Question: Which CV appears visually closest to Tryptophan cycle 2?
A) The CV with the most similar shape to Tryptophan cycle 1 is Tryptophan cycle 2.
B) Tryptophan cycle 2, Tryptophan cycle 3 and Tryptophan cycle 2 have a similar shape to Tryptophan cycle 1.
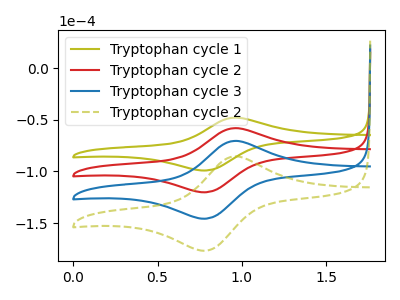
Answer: <think>The olive curve "Tryptophan cycle 1" has an anodic peak at (0.95V, -47.85uA) and a cathodic peak at (0.80V, -99.05uA). The red curve "Tryptophan cycle 2" has an anodic peak at (0.95V, -58.05uA) and a cathodic peak at (0.80V, -120.15uA). The blue curve "Tryptophan cycle 3" has an anodic peak at (0.95V, -116.05uA) and a cathodic peak at (0.80V, -240.35uA). The olive dashed curve "Tryptophan cycle 2" has an anodic peak at (0.95V, -174.10uA) and a cathodic peak at (0.80V, -360.50uA).
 All the peaks in "Tryptophan cycle 1" have a peak in "Tryptophan cycle 2" at the same potential. All the peaks in "Tryptophan cycle 1" have a peak in "Tryptophan cycle 3" at the same potential. All the peaks in "Tryptophan cycle 1" have a peak in "Tryptophan cycle 2" at the same potential. All the peaks in "Tryptophan cycle 2" have a peak in "Tryptophan cycle 3" at the same potential. All the peaks in "Tryptophan cycle 2" have a peak in "Tryptophan cycle 2" at the same potential. All the peaks in "Tryptophan cycle 3" have a peak in "Tryptophan cycle 2" at the same potential.</think>
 <answer>B) "Tryptophan cycle 2", "Tryptophan cycle 3" and "Tryptophan cycle 2" have a similar shape to "Tryptophan cycle 1".</answer>
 <eval>B</eval>